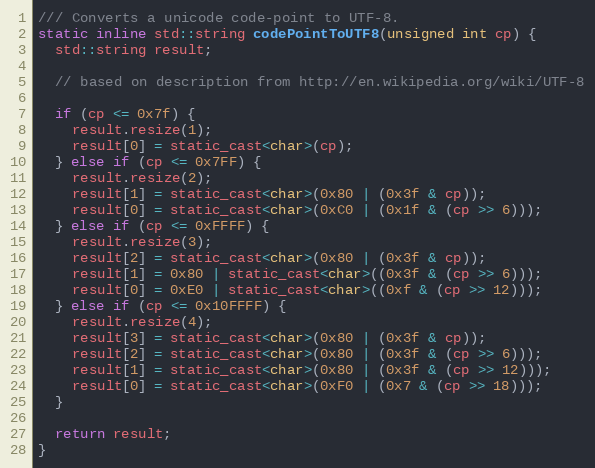
Language: C
/// Converts a unicode code-point to UTF-8.
static inline std::string codePointToUTF8(unsigned int cp) {
  std::string result;

  // based on description from http://en.wikipedia.org/wiki/UTF-8

  if (cp <= 0x7f) {
    result.resize(1);
    result[0] = static_cast<char>(cp);
  } else if (cp <= 0x7FF) {
    result.resize(2);
    result[1] = static_cast<char>(0x80 | (0x3f & cp));
    result[0] = static_cast<char>(0xC0 | (0x1f & (cp >> 6)));
  } else if (cp <= 0xFFFF) {
    result.resize(3);
    result[2] = static_cast<char>(0x80 | (0x3f & cp));
    result[1] = 0x80 | static_cast<char>((0x3f & (cp >> 6)));
    result[0] = 0xE0 | static_cast<char>((0xf & (cp >> 12)));
  } else if (cp <= 0x10FFFF) {
    result.resize(4);
    result[3] = static_cast<char>(0x80 | (0x3f & cp));
    result[2] = static_cast<char>(0x80 | (0x3f & (cp >> 6)));
    result[1] = static_cast<char>(0x80 | (0x3f & (cp >> 12)));
    result[0] = static_cast<char>(0xF0 | (0x7 & (cp >> 18)));
  }

  return result;
}